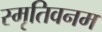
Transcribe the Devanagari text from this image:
स्मृतिवनम